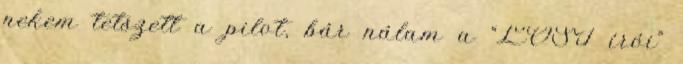
nekem tetszett a pilot, bár nálam a “LOST írói”